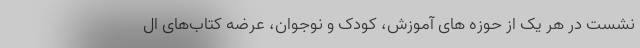
نشست در هر یک از حوزه ‌های آموزش، کودک و نوجوان، عرضه کتاب‌های ال